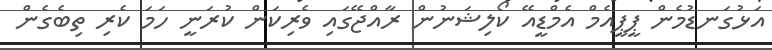
އަޅުގަނޑުމެން ޕީޕީއެމް އެމްޑީއޭ ކޯލިޝަނުން ރާއްޖޭގައި ވެރިކަން ކުރަނީ ހަމަ ކެރި ތިބެގެން